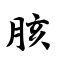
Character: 胲